Bréfritari: Klemens Björnsson
Viðtakandi: Jón Borgfirðings Jónsson
Dagsetning: A-1855-02-25
Skrifað á: Gröf  Borg.

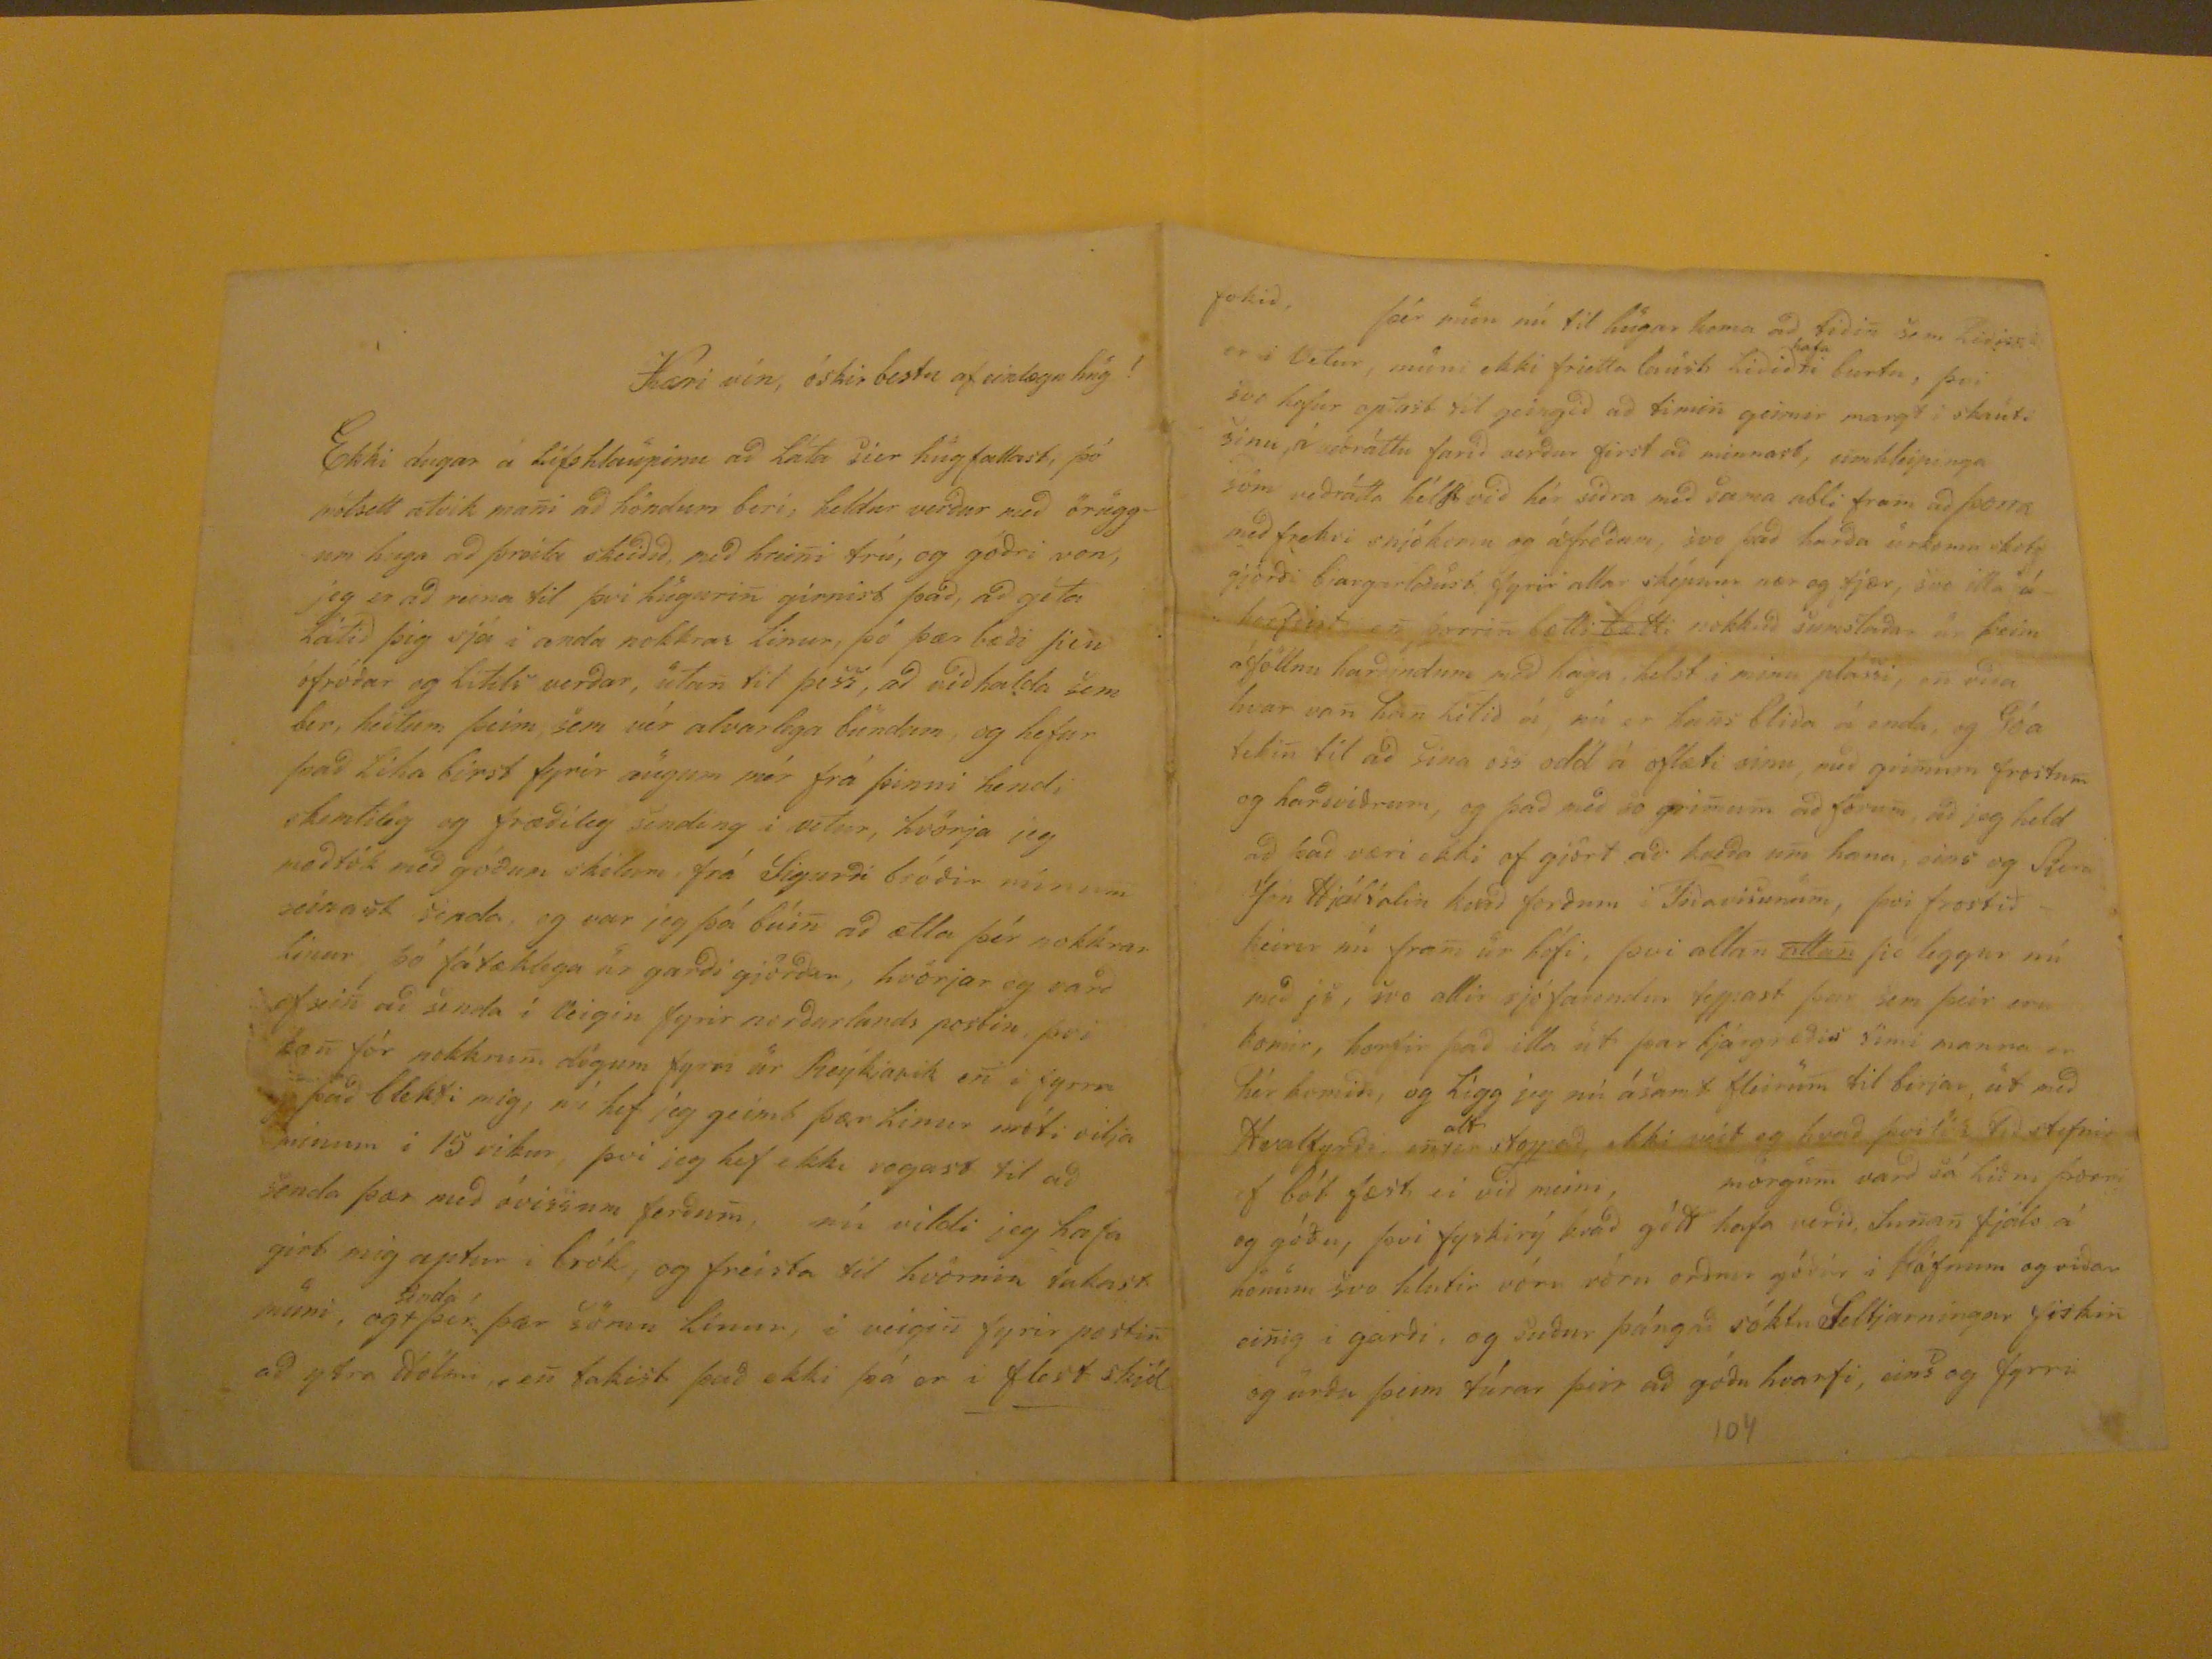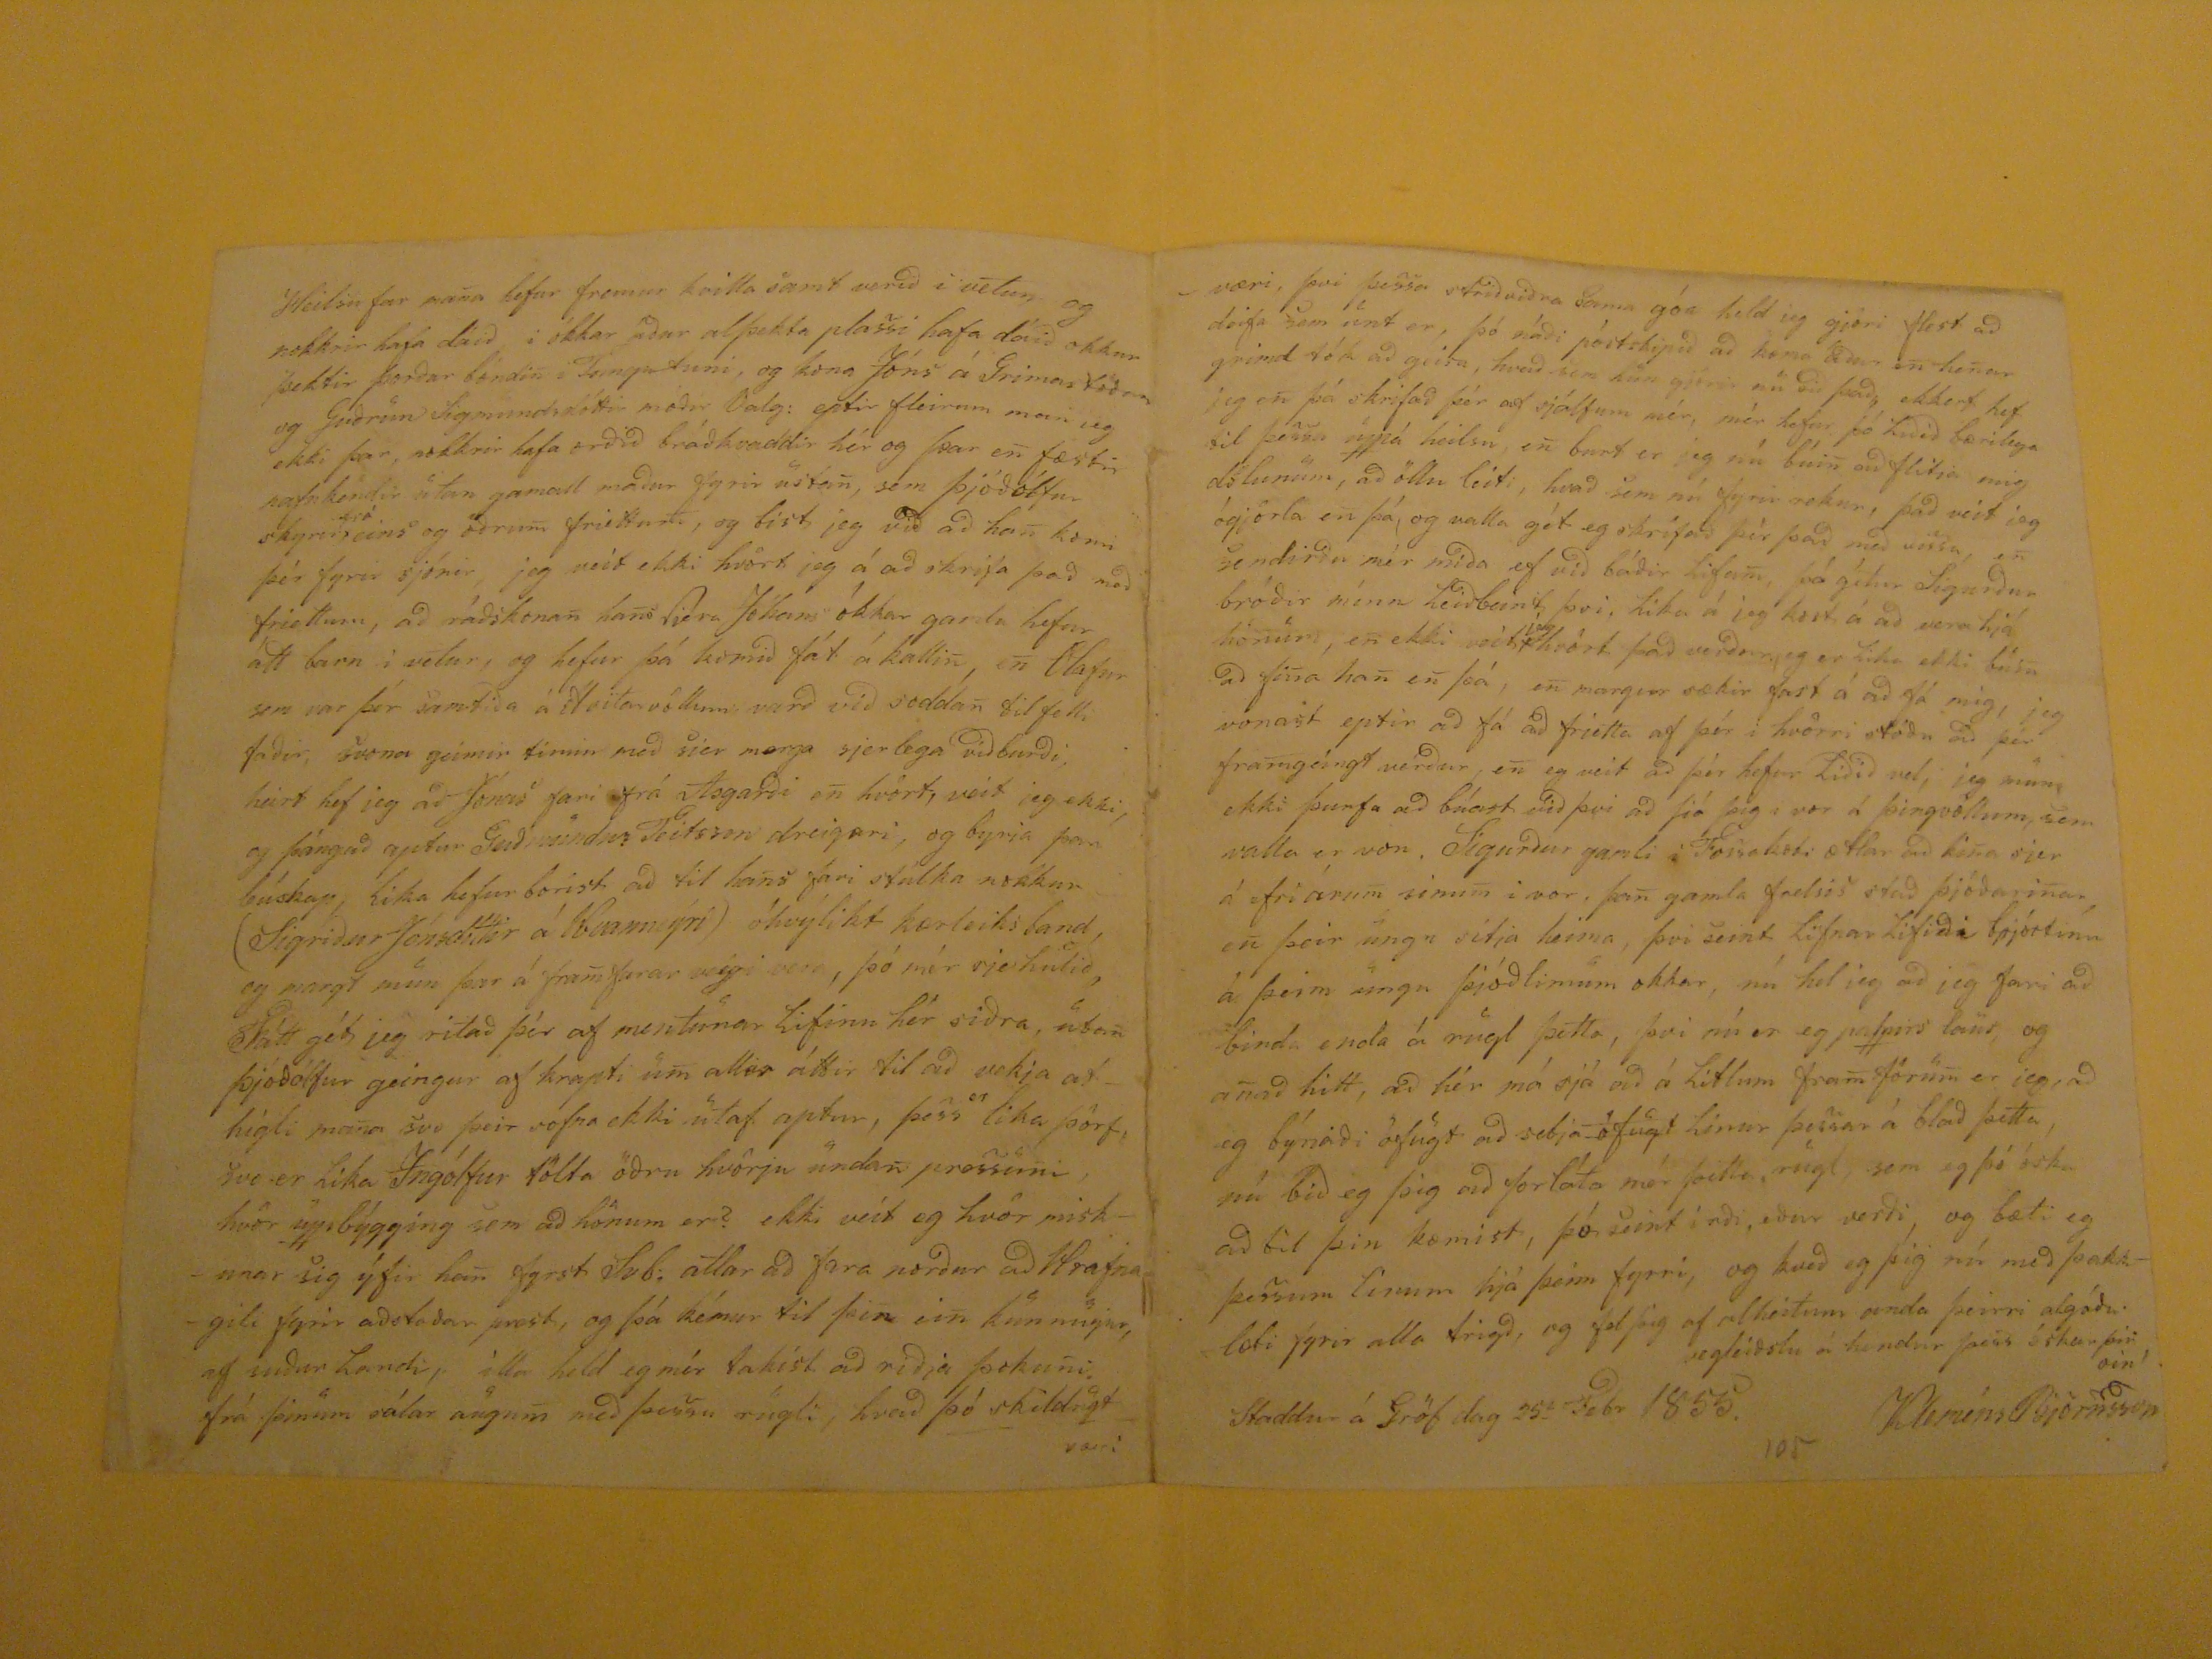

Kæri vin, óskir bestu af einlæga hug!
Ekki dugar á lífshlaupinu að láta sier hugfallast, þó mótsett atvik mani að höndum beri, heldur verður með öruggum huga að þráta skeiðið, með hreini trú, og góðri von, jeg er að reina til þvi hugurin girnist það, að géta látið þig sjá i anda nokkrar linur, þó þær bæði sieu ófróðar og litils verðar, utan til þess
var
, að viðhalda sem ber, heitum þeim, sem vér alvarlega bundum og hefur það lika birst fyrir augum mér frá þinni hendi skemtileg og fræðileg sending i vetur, hvörja jeg meðtók með góðum skilum, frá Sigurði bróðir minum seinast senda, og var jeg þá búin að ætla þér nokkrar linur þó fátæklega ne garði gjörður, hvörjar eg varð of
vin
að seda i Veigin fyrir norðurlands postin, þvi han fór nokkrum dögum fyrri úr Reykjavik en i fyrra
??
það blekti mig, nú hef jeg geimt þær linur móti vilja minum i 15 vikur þvi jeg hef ekki vogast til að senda þær með óvissum ferðum, nú vildi jeg hafa girt mig aptur i brók, og freista til hvörnin takast muni, og
senda
þér þær sömu línur, í veigin fyrir postin að ytra
Hólmi
, en takist það ekki þá er i flest skjól
fokið, þér mun nú til hugar koma að tiðin sem liðin er i Vetur, muni ekki frietta laust liðið
hafa
i burtu, þvi svo hefur optast til geingið að timin geimir margt i skauti sinu, á
veðráttu
farið verður first að minnast, umhleypinga söm veðrátta hélst við hér siðra með sama abli fram að þorra með frekri snjókomu og áfreðum, svo það harða úrkoma
skot
gjörði bjargarlaust fyrir allar skepnu nær og fjær, svo illa áh0rfðist en þorrin bætti
bætti
nokkuð sumstaðar úr þeim áföllum harðindum með haga ,helst i minu plassi, en viða hvar von han litið á nú er hans bliða á enda, og Góa tekin til að sina oss odd á oflæti sinu, með grimum frostum og harðviðrum, og það með so grimum að förum að jeg held að það væri ekki af gjört að kveða um hana, eins og Siera Jón Hjaltalin
k??ð
forðum i Tiðavisunum, þvi frostið keirir nú fram úr hófi, þvi allan
allan
þó
leggur nú með
ji
, svo allir sjófarendur teppast þar sem þeir eru komir, horfir það illa út þar bjargræðis timi manna er hér komið, og ligg jeg nú ásamt fleirum til berjar, út með Hvalfyrði,
enter
alt
stoppað, ekki veit eg hvað þvi
tók tið
stefnir ef bót fæst ei við meini, morgum varð sá liuðni þorri og góðu, þvi fyskirý kvað gótt hafa verið, Sunan fjals á honum svo hlutir vóru vóru orðnir góðir i
?áfnum
og viðar einig i garði, og suður þángað sóktu Seltjarningar fiskin og urðu þeim túrar þeir að góðu hvarfi, eins og fyrri
Heilsu far mana hefur fremur kvilla samt verið i vetur, og nokkrir hafa dáið i okkar
áður
alþekta plassi hafa dáið okkur þektir Þorður bónin i Tungu tuni, og kona Jóns á Grimstöðum og Guðrún Sigmundsdóttir móðir Valg: eptir fleirum man jeg ekki þar, nokkrir haf orðið bráðkvaddir hér og þar en fæstir nafnkendir utan gamall maður fyrir ustan, sem Þjóðólfur skyrir
frá
eins og öðrum friettum, og bist jeg við að han komi þér fyrir sjónir, jeg veit ekki hvört jeg á að skrifa það með friettum, að ráðskonan hans sjera Jóhans okkar gamla hefur átt barn i vetur, og hefur þá komið fát á kallin, en Olafur sem var þér samtiða á Hvitarvollum varð við soddan tilfelli faðir, svona geimir timin með sjer marga sjerlega viðburði, heirt hef jeg að Jónas fari frá Asgarði en hvört, veit jeg ekki, og þángað aptur Guðmundur Teitsson dreigari, og byrja þar búskap, lika hefur borist að til hans fari stúlka nokkur (Sigriður Jónsdóttir á Hvanneýri) óhvylikt kærleiksband, og margt mun þar á framfarar veigi vera, þo mér sje hulið, Fátt gét jeg ritað þér af mentunar lifinu hér siðra, utan Þjóðólfur geingur af krapti um allar áttir itl að vekja afhigli mana svo þeir sofna ekki utaf aptur, þess
er
lika þörf, svo er lka Ingólfur tölta öðru hvörju undan pressuni hvör uppbýgging sem að hönum er? ekki veit eg hvör miskunar sig yfir han fyrst Svb: atlar að fara norður að Hrafnagili fyrir aðstaðar prest, og þá kémur til þin ein kunnugir, af suður landi, illa held eg mér takist að riðja þokuni frá þinum sálar augum með þessu rugli, hvað þó skildugt væri
væri, þvi þessa striðviðra sama góa held ieg gjöri flest að deifa sem unt er, þó náði póstskipið að koma áður en henar grimd tók að geisa, hvað sem hun gjörir nú við það, ekkert hef jeg en þá skrifað þér af sjálfum mér, mér hefur þó liðið bærilega til þessa uppá heilsu, en burt er jeg nú búin að flitja mig
dslunum
, að öllu leiti, hvað sem nú fyrir rekur, það veit jeg ógjörla en þá, og valla gét eg skrifað þér það með vissu, en sendirðu mér miða ef við báðir lifum, þá gétur Sigurður bróðir minn leiðbeint þvi, lika á jeg kost á að vera hjá honum, en ekki veit
jeg
hvört það veður, eg er lika ekki búin að fina han en þá, en margur sækir fast á að fá mig, jeg vonast eptir að fá að frietta af þér i hvörri stöðu að þér framgeingt verður, en eg veit að þér hefur liðið vel, jeg mun ekki þurfa að búast við þvi að sjá þig i vor á Þingvöllum, sem valla er von Sigurður gamli í Fossakoti ætlar að kina sjer á efriárum sinum i vor, þan gamla frelsis stað þjóðarinar, en þeir ungu sitja heima, þvi seint lifnar lifiði
spjórtinu
á þeim ungu þjóðlimum okkar, nú hel jeg að jeg fari að binda enda á rugl þetta, þvi nú er eg pappirs laus, og anað hitt, að hér má sjá við á litlum fram förum er jeg, að eg byriaði öfugt að setja
öfugt
linur þessar á blað þetta, nú bið eg þig að forláta mér þetta rugl, sem eg þó óska að til þin kæmist, þó seint i
rði
eður verði og bæti eg þessum linum hjá þeim fyrri, og kveð eg þig nú með þakklæti fyrir alla trigð, og fel þig af alheitum anda þeirri algóðu vegleiðslu á hendur þess óskar þin vin
Kleméns Björnsson
Staddur á Gröf dag 25
a
Febr 1855